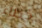
خطاء